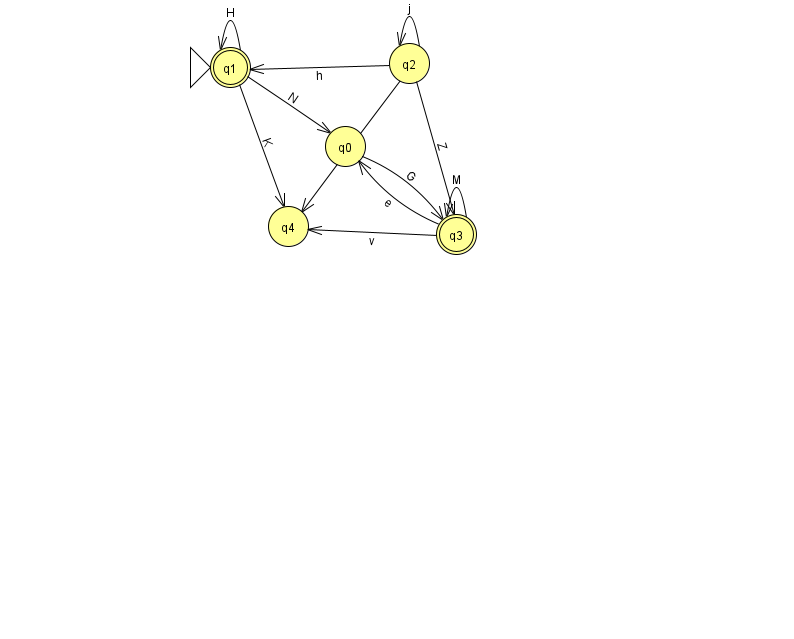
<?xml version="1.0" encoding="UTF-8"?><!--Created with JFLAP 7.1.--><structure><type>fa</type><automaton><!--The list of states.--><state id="0" name="q0"><x>345.0</x><y>133.0</y></state><state id="1" name="q1"><x>230.0</x><y>54.0</y><initial/><final/></state><state id="2" name="q2"><x>409.0</x><y>50.0</y></state><state id="3" name="q3"><x>456.0</x><y>221.0</y><final/></state><state id="4" name="q4"><x>288.0</x><y>213.0</y></state><!--The list of transitions.--><transition><from>3</from><to>4</to><read>v</read></transition><transition><from>1</from><to>0</to><read>N</read></transition><transition><from>1</from><to>1</to><read>H</read></transition><transition><from>3</from><to>0</to><read>e</read></transition><transition><from>2</from><to>2</to><read>j</read></transition><transition><from>0</from><to>3</to><read>G</read></transition><transition><from>1</from><to>4</to><read>K</read></transition><transition><from>2</from><to>3</to><read>Z</read></transition><transition><from>2</from><to>1</to><read>h</read></transition><transition><from>3</from><to>3</to><read>M</read></transition><transition><from>2</from><to>4</to><read>J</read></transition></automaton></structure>